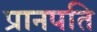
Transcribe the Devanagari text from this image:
प्रानपति